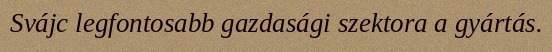
Svájc legfontosabb gazdasági szektora a gyártás.